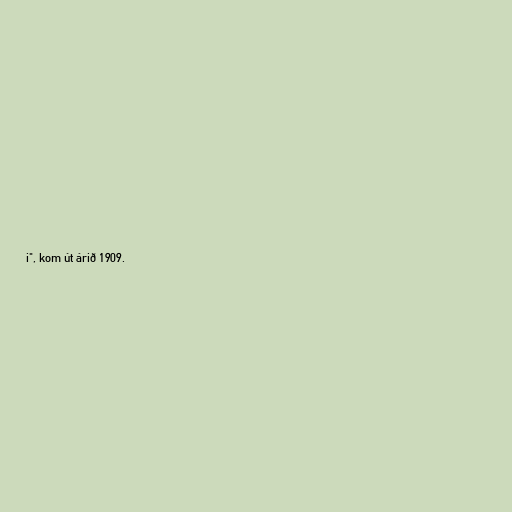
i", kom út árið 1909.